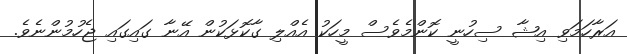
އަރާހަމަވި އިޝާ ސިހުނީ ކޮންމެވެސް މީހަކު އެއްލި ގާކޮޅަކުން އޭނާ ގައިގައި ޖެހުމުންނެވެ.